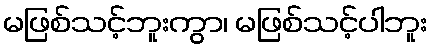
မဖြစ်သင့်ဘူးကွာ၊ မဖြစ်သင့်ပါဘူး